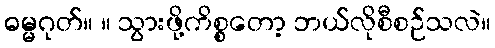
ဓမ္မဂုတ်။ ။ သွားဖို့ကိစ္စတော့ ဘယ်လိုစီစဉ်သလဲ။